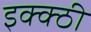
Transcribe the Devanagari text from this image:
इक्क्ठी